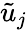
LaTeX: \tilde{u}_{j}